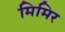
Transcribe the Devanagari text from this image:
मिमिर